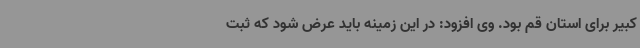
کبیر برای استان قم بود. وی افزود: در این زمینه باید عرض شود که ثبت